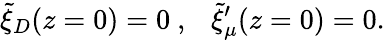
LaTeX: {\widetilde\xi}_{D}(z=0)=0~,~~~{\widetilde\xi}_{\mu}^{\prime}(z=0)=0.